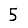
Digit: 5